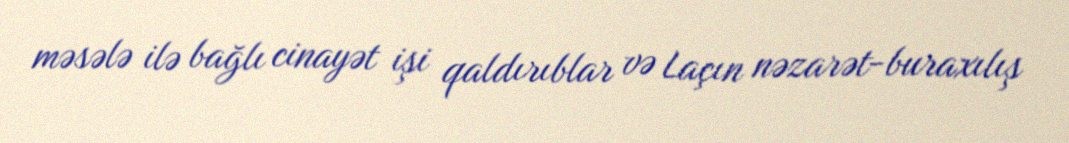
məsələ ilə bağlı cinayət işi qaldırıblar və Laçın nəzarət-buraxılış